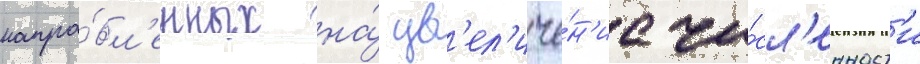
напра́вл'енных на́ ув'ел'иче́н'ие чи́сл'енност'и